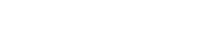
မိုးဥတုတွင် ပါဝင်သည်။